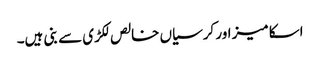
اسکا میز اور کرسیاں خالص لکڑی سے بنی ہیں۔